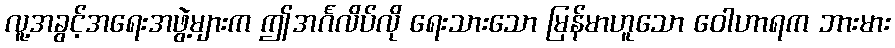
လူ့အခွင့်အရေးအဖွဲ့များက ဤအင်္ဂလိပ်လို ရေးသားသော မြန်မာဟူသော ဝေါဟာရက ဘားမား